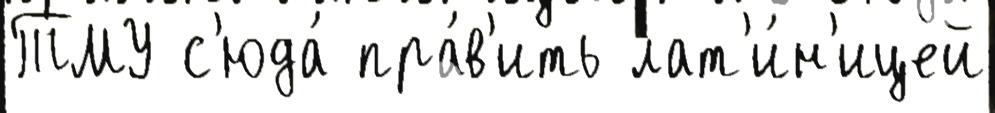
ТМУ с'юда́ пра́в'ить лат'и́н'ицей